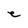
Character: e